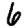
Digit: 6